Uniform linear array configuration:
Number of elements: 16
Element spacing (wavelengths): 0.25
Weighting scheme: kaiser
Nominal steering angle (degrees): -60
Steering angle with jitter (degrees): -59.459
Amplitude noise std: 0.05
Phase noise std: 0.05

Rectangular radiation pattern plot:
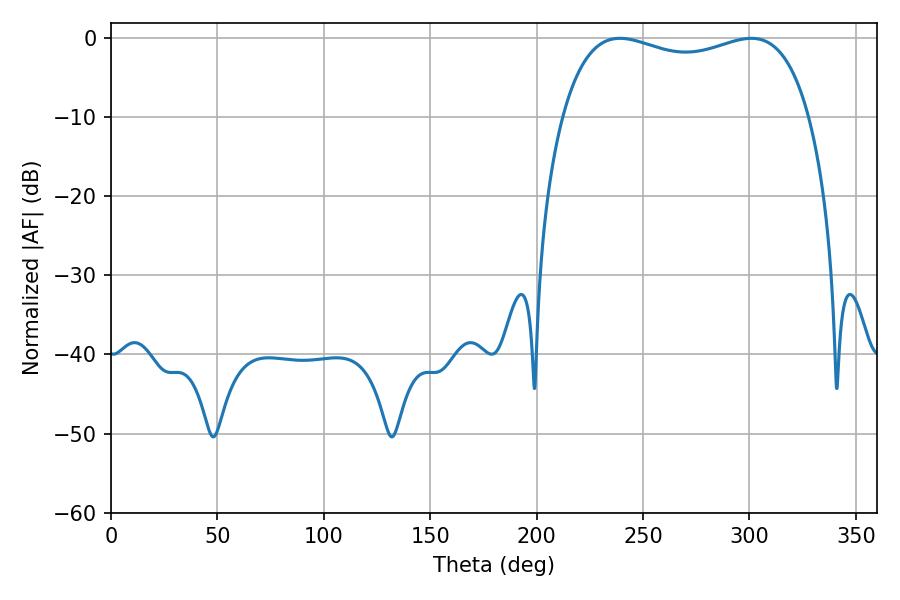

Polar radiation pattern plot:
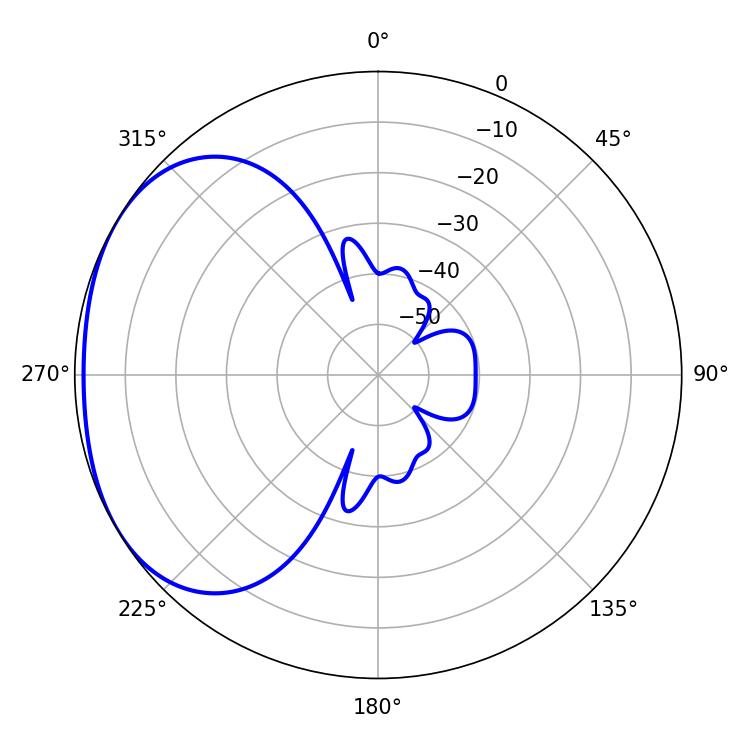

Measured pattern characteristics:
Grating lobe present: FALSE
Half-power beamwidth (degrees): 95.04
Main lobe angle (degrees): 239.04